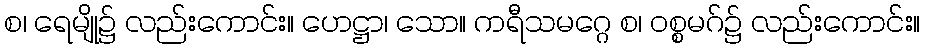
စ၊ ရေမျို၌ လည်းကောင်း။ ဟေဋ္ဌာ၊ သော။ ကရီသမဂ္ဂေ စ၊ ဝစ္စမဂ်၌ လည်းကောင်း။